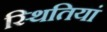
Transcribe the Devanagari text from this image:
स्‍थितियां